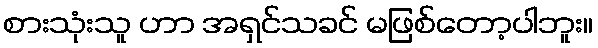
စားသုံးသူ ဟာ အရှင်သခင် မဖြစ်တော့ပါဘူး။